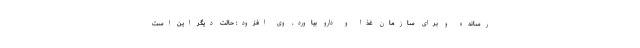
رسانده و برای سازمان غذا و دارو بیاورد. وی افزود: حالت دیگر این است